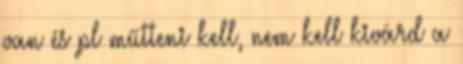
van és pl műtteni kell, nem kell kivárd a